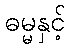
ဓမ္မနှင့်